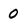
Character: 0